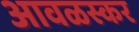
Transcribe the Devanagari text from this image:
आवळस्कर